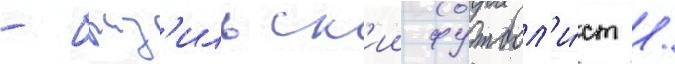
- браз'ильск'ии футбол'и́ст /